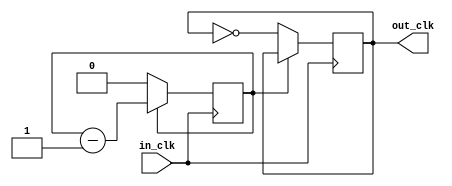
module T_Clk(in_clk, out_clk);
	input in_clk;
	output reg out_clk;
	reg counter;
	parameter counter_max = 250;
	
	always@(posedge in_clk) begin
		if (counter == 0) begin
			counter <= counter_max;
			out_clk <= ~out_clk;
		end
		else
			counter <= counter - 1;
	end
endmodule